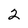
Character: 2